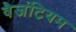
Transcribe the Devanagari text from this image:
वैजंटियम